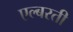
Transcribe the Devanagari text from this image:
एल्बरती